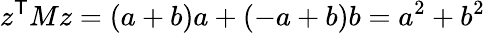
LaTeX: z^{\textsf{T}}Mz=(a+b)a+(-a+b)b=a^{2}+b^{2}